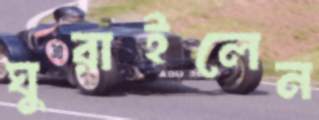
ঘুরাইলেন